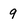
Character: 9